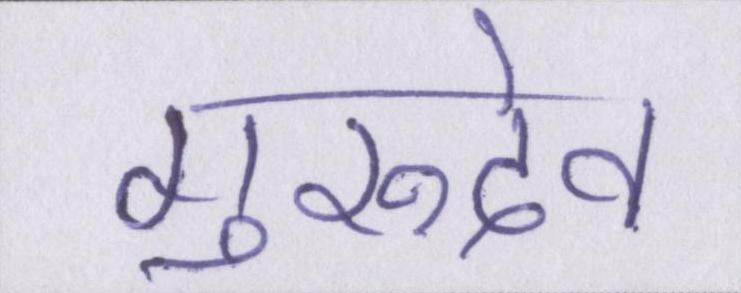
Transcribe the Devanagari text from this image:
गुरुदेव